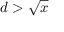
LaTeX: d > { \sqrt { x } }